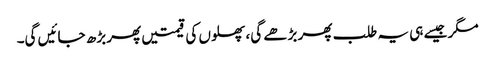
مگر جیسے ہی یہ طلب پھر بڑھے گی، پھلوں کی قیمتیں پھر بڑھ جائیں گی۔